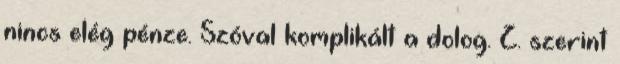
nincs elég pénze. Szóval komplikált a dolog. Z. szerint